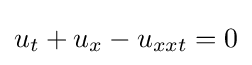
u_{t}+u_{x}-u_{xxt}=0